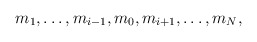
\begin{align*}m_1, \ldots, m_{i-1}, m_0, m_{i+1}, \ldots, m_N ,\end{align*}